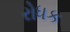
રોધક